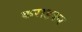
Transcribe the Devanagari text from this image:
कराडकर